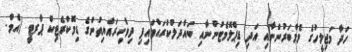
ހަދާ މަޖިލީހުގެ މެމްބަރުންނާއި އަދި ޑިޕްލޮމެޓުންނާއި ބައްދަލުކުރައްވައިފި ދިވެހިރައްޔިތުންގެ ޑިމޮކްރެޓިކް ޕާރޓީ (އެމް.